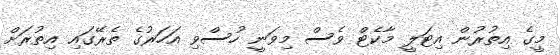
މީގެ އިތުރުން އިޓަލީ މާކެޓް ވެސް މިވަނީ ހުސްވި އަހަރުގެ ތެރޭގައި އިތުރަށް